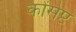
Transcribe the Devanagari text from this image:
कोंसेप्ट